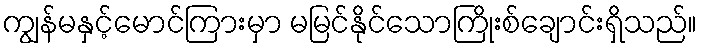
ကျွန်မနှင့်မောင်ကြားမှာ မမြင်နိုင်သောကြိုးစ်ချောင်းရှိသည်။